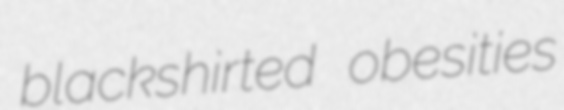
blackshirted obesities